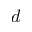
d